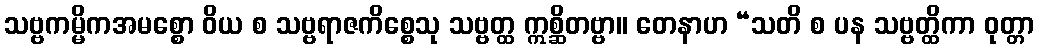
သဗ္ဗကမ္မိကအမစ္စော ဝိယ စ သဗ္ဗရာဇကိစ္စေသု သဗ္ဗတ္ထ ဣစ္ဆိတဗ္ဗာ။ တေနာဟ “သတိ စ ပန သဗ္ဗတ္ထိကာ ဝုတ္တာ